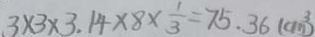
3 \times 3 \times 3 . 1 4 \times 8 \times \frac { 1 } { 3 } = 7 5 . 3 6 ( c m ^ { 3 } )